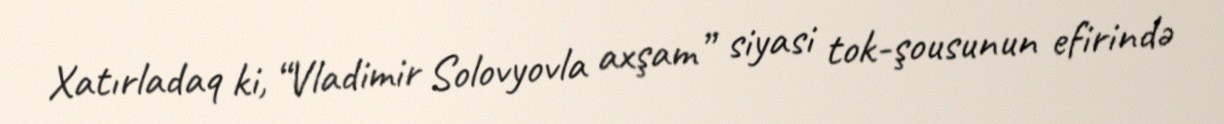
Xatırladaq ki, “Vladimir Solovyovla axşam” siyasi tok-şousunun efirində